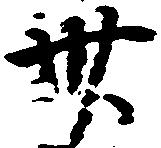
卅